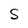
Character: S